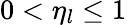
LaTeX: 0<\eta_{l}\leq 1